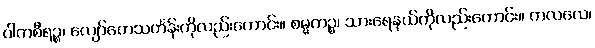
ဝါကစီရဉ္စ၊ လျော်တေသင်္ကန်းကိုလည်းကောင်း။ စမ္မကဉ္စ၊ သားရေနယ်ကိုလည်းကောင်း။ ကလလေ၊